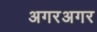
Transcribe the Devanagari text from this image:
अगरअगर